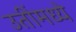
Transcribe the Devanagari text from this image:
उतींमध्ये